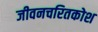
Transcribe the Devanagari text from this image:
जीवनचरितकोश